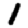
Digit: 1